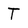
Character: T